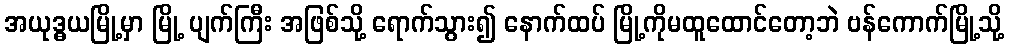
အယုဒ္ဓယမြို့မှာ မြို့ ပျက်ကြီး အဖြစ်သို့ ရောက်သွား၍ နောက်ထပ် မြို့ကိုမထူထောင်တော့ဘဲ ဗန်ကောက်မြို့သို့